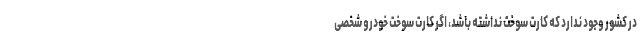
در کشور وجود ندارد که کارت سوخت نداشته باشد، اگر کارت سوخت خودرو شخصی